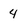
Character: 4